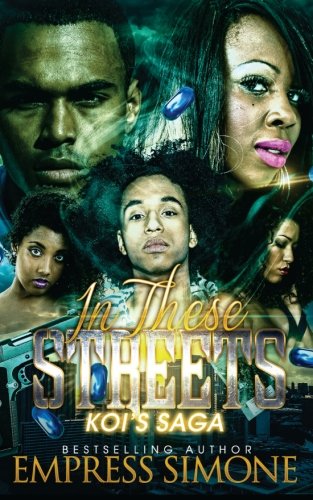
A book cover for In These Streets: Koi's Saga; Empress Simone; Literature & Fiction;